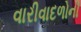
વારીવાદળોની